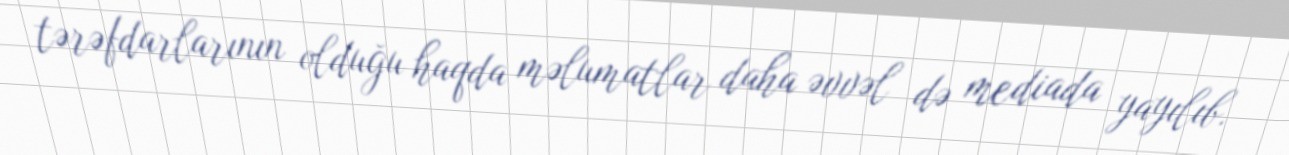
tərəfdarlarının olduğu haqda məlumatlar daha əvvəl də mediada yayılıb.